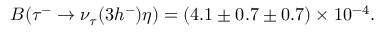
B ( \tau ^ { - } \rightarrow \nu _ { \tau } ( 3 h ^ { - } ) \eta ) = ( 4 . 1 \pm 0 . 7 \pm 0 . 7 ) \times 1 0 ^ { - 4 } .